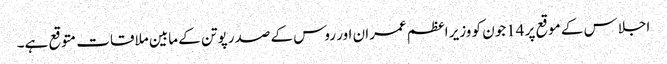
اجلاس کے موقع پر 14جون کو وزیر اعظم عمران اور روس کے صدر پوتن کے مابین ملاقات متوقع ہے۔